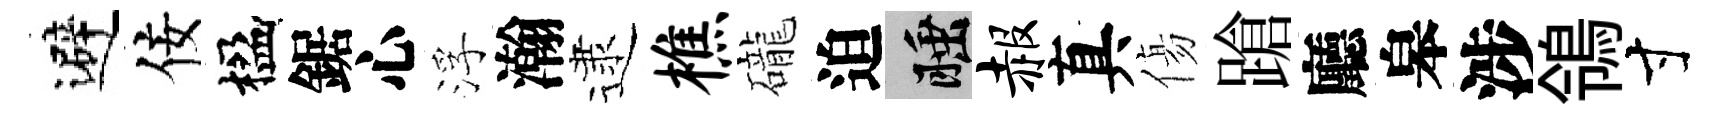
避佞楹鋸心浮瀚逮樵礲迫睡赧真傷蹌廳皋涉鴒寸